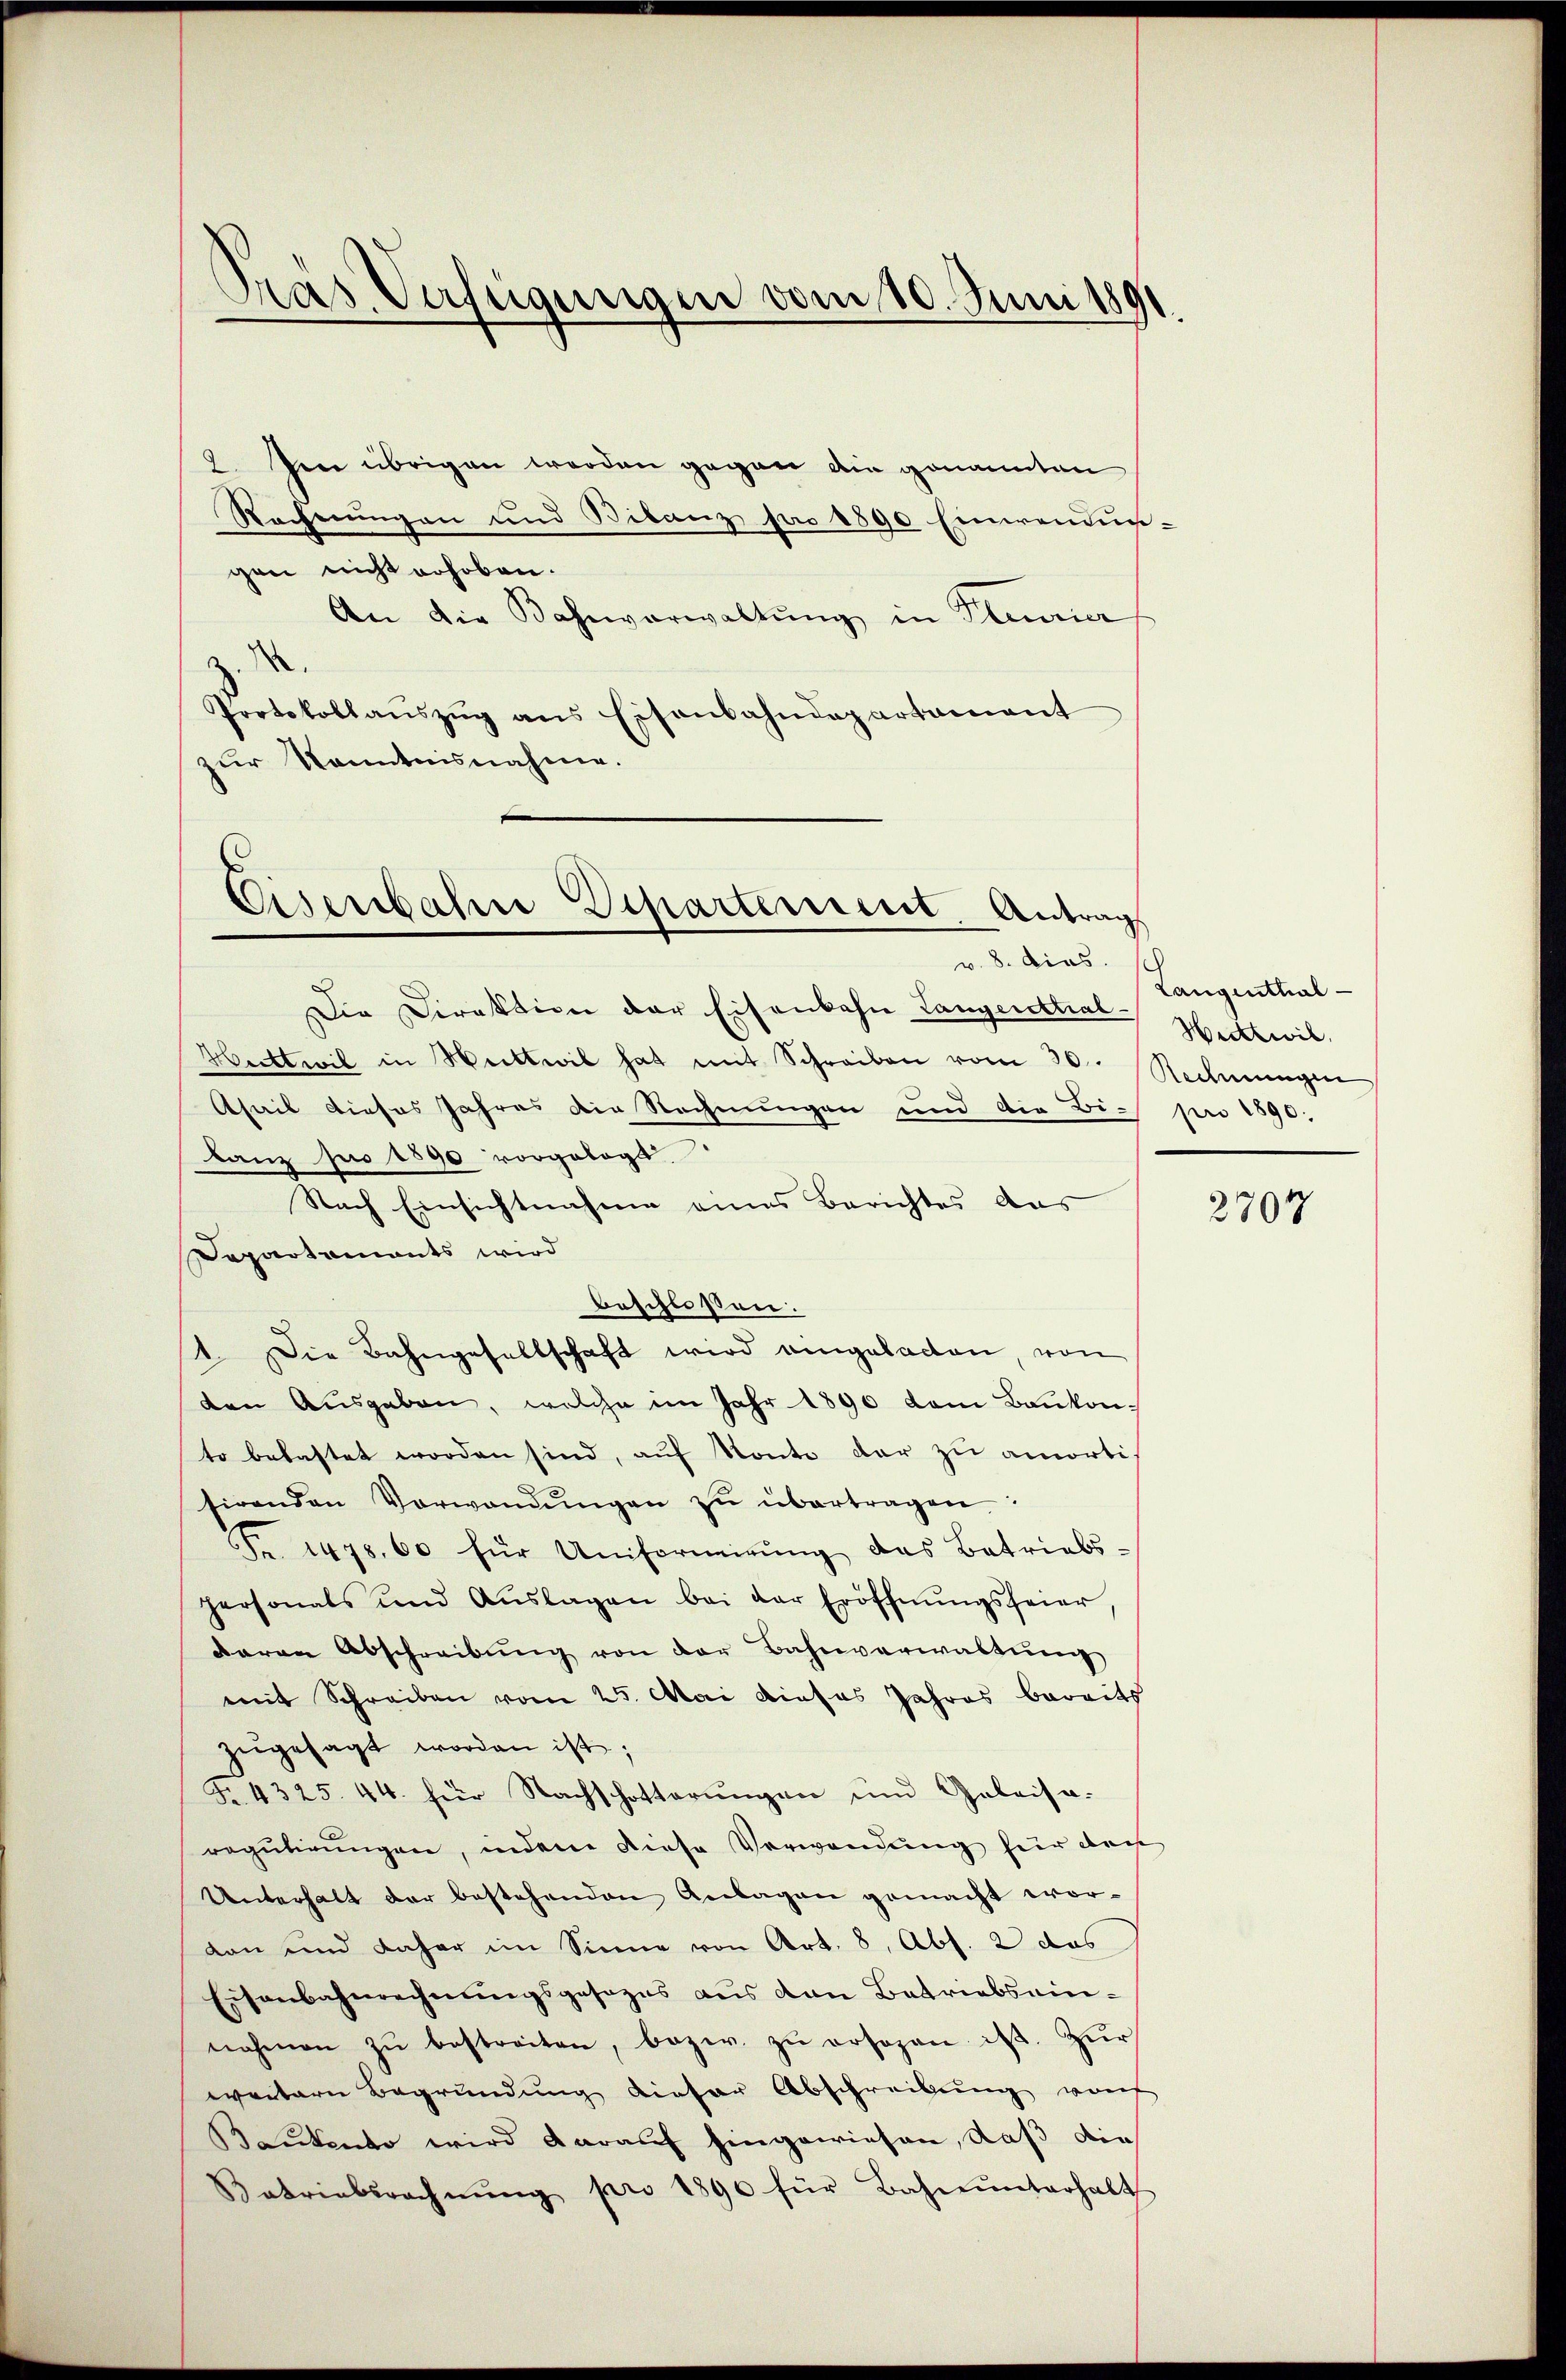
Pras Verfügungen vom 10. Juni 1891.

2. Im übrigen werden gegen die genannten
Rechnungen und Bilanz pro 1890 Einwendungen nicht erhoben.
An die Bahnverwaltŭng in Pleurier
.
Portokollaŭszŭg ans Eisenbahndepartament
zur Kenntnisnahme.

Eisenbahne Departement. Antrag
v. 8. dies.

Die Direktion der Eisenbahn Langenthal¬
Herttwil in Weitteil hat mit Schreiben vom 30. Rechnŭngen
Ahail dieses Jahres die Rechnungen und die Bi- pro 1890.
lanz pro 1890 vorgelegt
Nach Einsichtnahme eines Berichtes das
Departaments wird
beschlossen:
1 Die Bahngesellschaft wird eingeladen, von
den Ausgaben, welche im Jahr 1890 dem Bankonto belastet worden sind, auf Konte dar zu amortisirenden Verwandŭngen zŭ übertragen:
Fr. 1478. 60 für Uniformirŭng das Betriebs-
personals und Aŭslagen bei der Eröffnŭngsfeier,
daran Abschreibŭng von der Bahnverwaltŭng
mit Schreiben vom 25. Mai dieses Jahres bereits
zŭgesagt worden ist;
Fr. 4325. 44. für Nachschotterungen und Geleisa-
regulirungen, indene diese Verwendung für den
Unterhalt der bestehenden Anlagen gemacht worvan und daher im Sinne von Art. 8, Abs. 2 das
Eisenbahnrechnungsgesezes aus den Betriebseinnahmen zŭ bestreiten, bezw. zŭ ersezen ist. Zur
weitern Begründung dieser Abschreibung von
Bautento wird darauf hingewiesen, daß die
Betriebsrechnŭng pro 1890 für Bahnŭnterhalt

Langenthal
Wattwil

2707